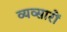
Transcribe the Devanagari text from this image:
व्यव्सारों